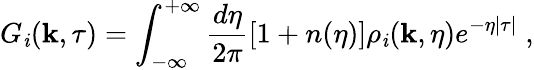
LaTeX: G_{\mathit{i}}({\mathbf{k}},\tau)=\int_{-\infty}^{+\infty}\frac{{d\eta}}{{2\pi}}\left[1+n(\eta)\right]\rho_{\mathit{i}}({\mathbf{k}},\eta)e^{-\eta|\tau|}\; ,